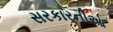
સરકારનીઆ